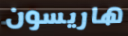
هاريسون